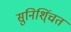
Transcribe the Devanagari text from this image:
सुनिशि्ंचत